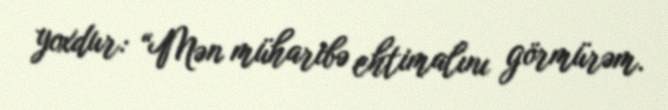
yoxdur: “Mən müharibə ehtimalını görmürəm.